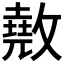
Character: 𢿲